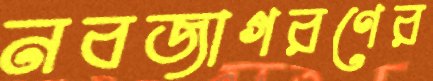
নবজাগরণের